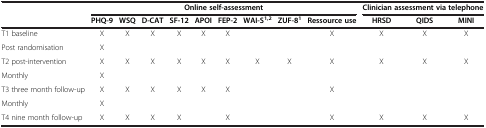
<table><thead><tr><td rowspan="2"><b> </b></td><td colspan="9"><b>Online self-assessment</b></td><td colspan="3"><b>Clinician assessment via telephone</b></td></tr><tr><td><b>PHQ-9</b></td><td><b>WSQ</b></td><td><b>D-CAT</b></td><td><b>SF-12</b></td><td><b>APOI</b></td><td><b>FEP-2</b></td><td><b>WAI-S<sup>1,2</sup></b></td><td><b>ZUF-8<sup>1</sup></b></td><td><b>Ressource use</b></td><td><b>HRSD</b></td><td><b>QIDS</b></td><td><b>MINI</b></td></tr></thead><tbody><tr><td>T1 baseline</td><td>X</td><td>X</td><td>X</td><td>X</td><td>X</td><td>X</td><td> </td><td> </td><td>X</td><td>X</td><td>X</td><td>X</td></tr><tr><td>Post randomisation</td><td>X</td><td> </td><td> </td><td> </td><td> </td><td> </td><td> </td><td> </td><td> </td><td> </td><td> </td><td> </td></tr><tr><td>T2 post-intervention</td><td>X</td><td>X</td><td>X</td><td>X</td><td>X</td><td>X</td><td>X</td><td>X</td><td>X</td><td>X</td><td>X</td><td>X</td></tr><tr><td>Monthly</td><td>X</td><td> </td><td> </td><td> </td><td> </td><td> </td><td> </td><td> </td><td> </td><td> </td><td> </td><td> </td></tr><tr><td>T3 three month follow-up</td><td>X</td><td>X</td><td>X</td><td>X</td><td>X</td><td>X</td><td> </td><td> </td><td>X</td><td> </td><td> </td><td> </td></tr><tr><td>Monthly</td><td>X</td><td> </td><td> </td><td> </td><td> </td><td> </td><td> </td><td> </td><td> </td><td> </td><td> </td><td> </td></tr><tr><td>T4 nine month follow-up</td><td>X</td><td>X</td><td>X</td><td>X</td><td> </td><td>X</td><td> </td><td> </td><td>X</td><td>X</td><td>X</td><td>X</td></tr></tbody></table>